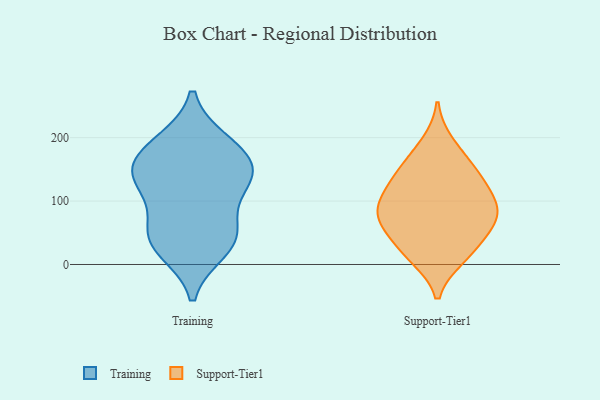
{"axis": {"x": "Production Output", "y": "Value"}, "legend": ["Support-Tier1", "Training"], "data": [{"x": "", "y": 192, "type": "Training"}, {"x": "", "y": 37, "type": "Training"}, {"x": "", "y": 141, "type": "Training"}, {"x": "", "y": 186, "type": "Training"}, {"x": "", "y": 53, "type": "Training"}, {"x": "", "y": 47, "type": "Training"}, {"x": "", "y": 111, "type": "Training"}, {"x": "", "y": 142, "type": "Training"}, {"x": "", "y": 137, "type": "Training"}, {"x": "", "y": 24, "type": "Training"}, {"x": "", "y": 162, "type": "Training"}, {"x": "", "y": 23, "type": "Support-Tier1"}, {"x": "", "y": 67, "type": "Support-Tier1"}, {"x": "", "y": 141, "type": "Support-Tier1"}, {"x": "", "y": 140, "type": "Support-Tier1"}, {"x": "", "y": 98, "type": "Support-Tier1"}, {"x": "", "y": 15, "type": "Support-Tier1"}, {"x": "", "y": 103, "type": "Support-Tier1"}, {"x": "", "y": 79, "type": "Support-Tier1"}, {"x": "", "y": 76, "type": "Support-Tier1"}, {"x": "", "y": 11, "type": "Support-Tier1"}, {"x": "", "y": 165, "type": "Support-Tier1"}, {"x": "", "y": 98, "type": "Support-Tier1"}, {"x": "", "y": 132, "type": "Support-Tier1"}, {"x": "", "y": 64, "type": "Support-Tier1"}, {"x": "", "y": 191, "type": "Support-Tier1"}, {"x": "", "y": 51, "type": "Support-Tier1"}]}